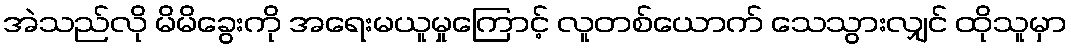
အဲသည်လို မိမိခွေးကို အရေးမယူမှုကြောင့် လူတစ်ယောက် သေသွားလျှင် ထိုသူမှာ